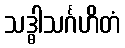
သဒ္ဓါသင်္ဂဟိတံ